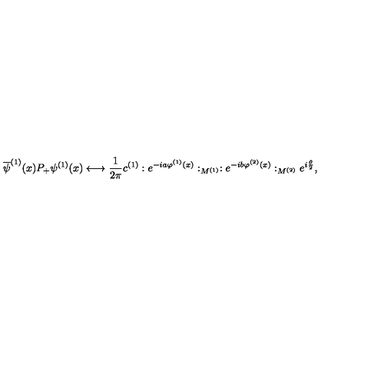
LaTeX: \overline { { \psi } } ^ { ( 1 ) } ( x ) P _ { + } \psi ^ { ( 1 ) } ( x ) \longleftrightarrow \frac { 1 } { 2 \pi } c ^ { ( 1 ) } : e ^ { - i a \varphi ^ { ( 1 ) } ( x ) } : _ { M ^ { ( 1 ) } } : e ^ { - i b \varphi ^ { ( 2 ) } ( x ) } : _ { M ^ { ( 2 ) } } e ^ { i \frac { \theta } { 2 } } ,